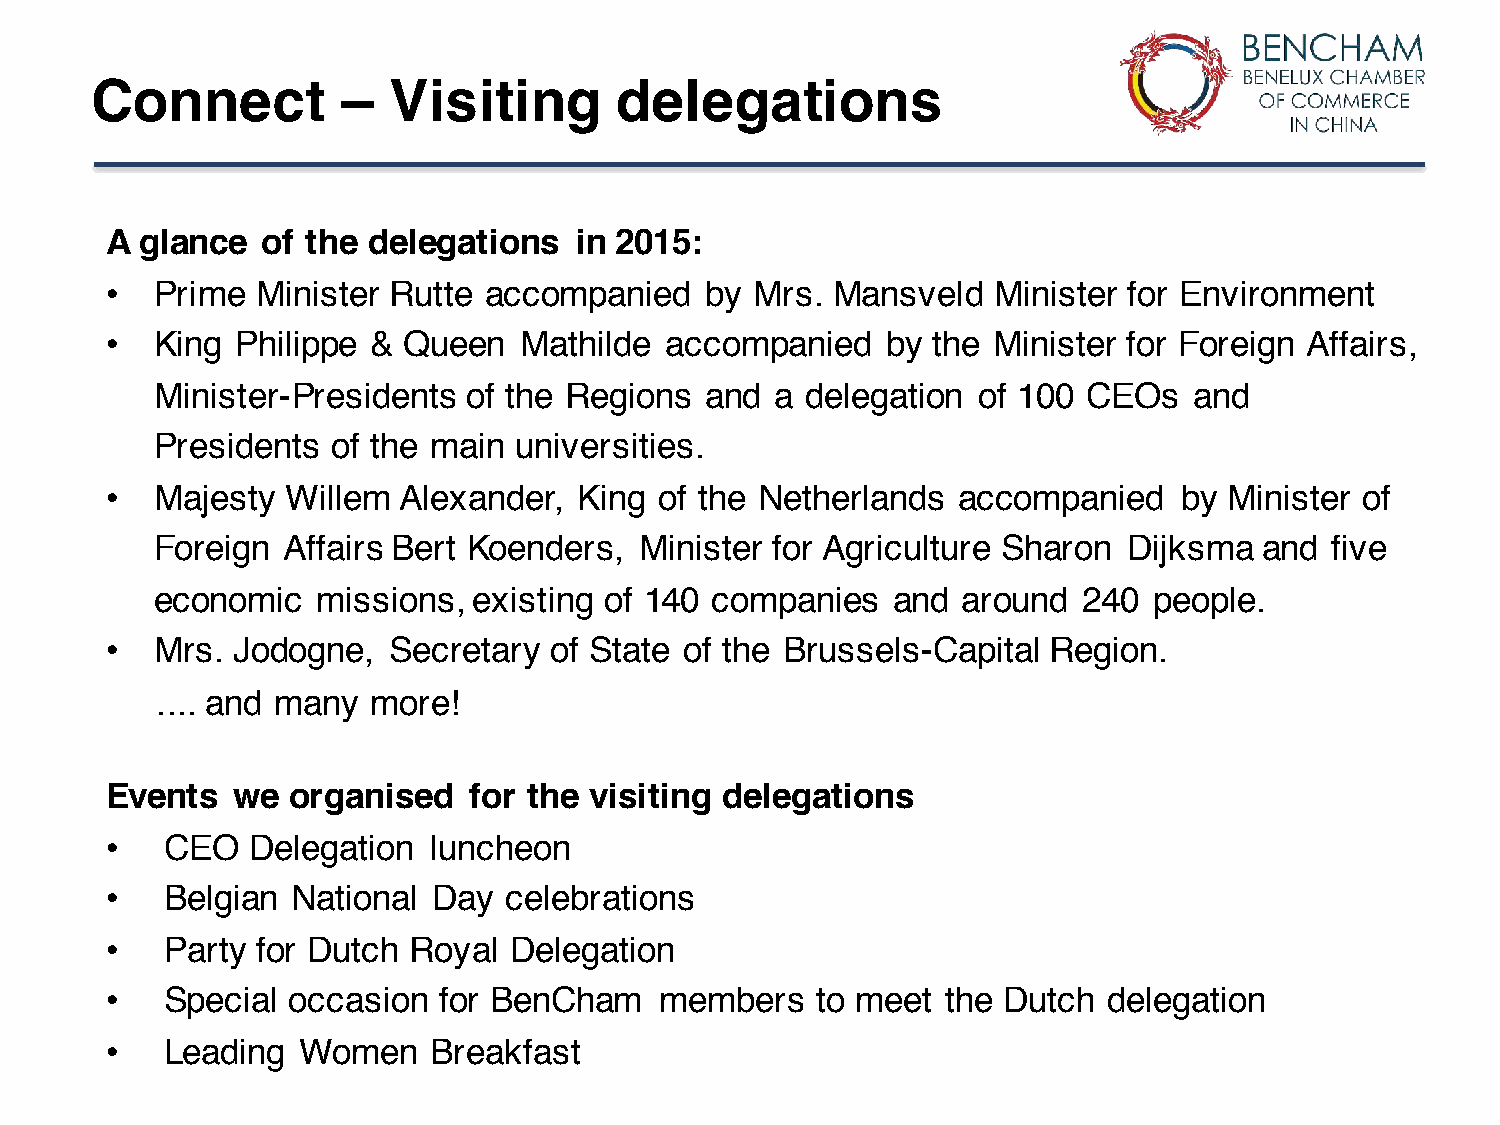
Connect          –  Visiting       delegations
 A glance  of the delegations   in 2015:
 •  Prime  Minister Rutte accompanied    by Mrs. Mansveld   Minister for Environment
 •  King  Philippe & Queen  Mathilde  accompanied    by the Minister for Foreign Affairs,
 Minister-Presidents  of the Regions  and a delegation  of 100 CEOs   and
 Presidents  of the main universities.
 •  Majesty  Willem Alexander,  King  of the Netherlands accompanied    by Minister of
 Foreign  Affairs Bert Koenders, Minister for Agriculture Sharon  Dijksma  and five
 economic   missions, existing of 140 companies   and  around  240 people.
 •  Mrs. Jodogne,   Secretary of State of the Brussels-Capital  Region.
 .... and many  more!
 Events  we  organised   for the visiting delegations
 •   CEO   Delegation  luncheon
 •   Belgian National  Day  celebrations
 •   Party for Dutch Royal  Delegation
 •   Special occasion  for BenCham    members   to meet  the Dutch delegation
 •   Leading  Women    Breakfast